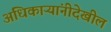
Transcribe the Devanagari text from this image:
अधिकाऱ्यांनीदेखील